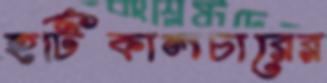
হর্টিকালচারের